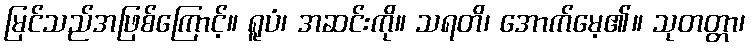
မြင်သည်အဖြစ်ကြောင့်။ ရူပံ၊ အဆင်းကို။ သရတိ၊ အောက်မေ့၏။ သုတတ္တာ၊